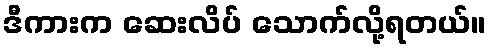
ဒီကားက ဆေးလိပ် သောက်လို့ရတယ်။